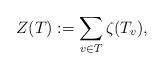
LaTeX: \begin{align*} Z(T):=\sum_{v\in T} \zeta(T_v),\end{align*}